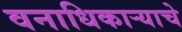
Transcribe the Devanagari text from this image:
वनाधिकार्‍याचे